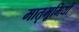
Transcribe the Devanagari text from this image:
मातृभूमियों